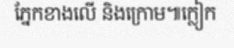
ភ្នែកខាងលើ និងក្រោម៕ក្លៀក